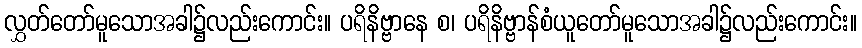
လွှတ်တော်မူသောအခါ၌လည်းကောင်း။ ပရိနိဗ္ဗာနေ စ၊ ပရိနိဗ္ဗာန်စံယူတော်မူသောအခါ၌လည်းကောင်း။